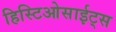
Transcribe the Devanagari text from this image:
हिस्टिओसाईट्स